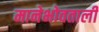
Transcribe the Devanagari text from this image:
मानेभोवताली